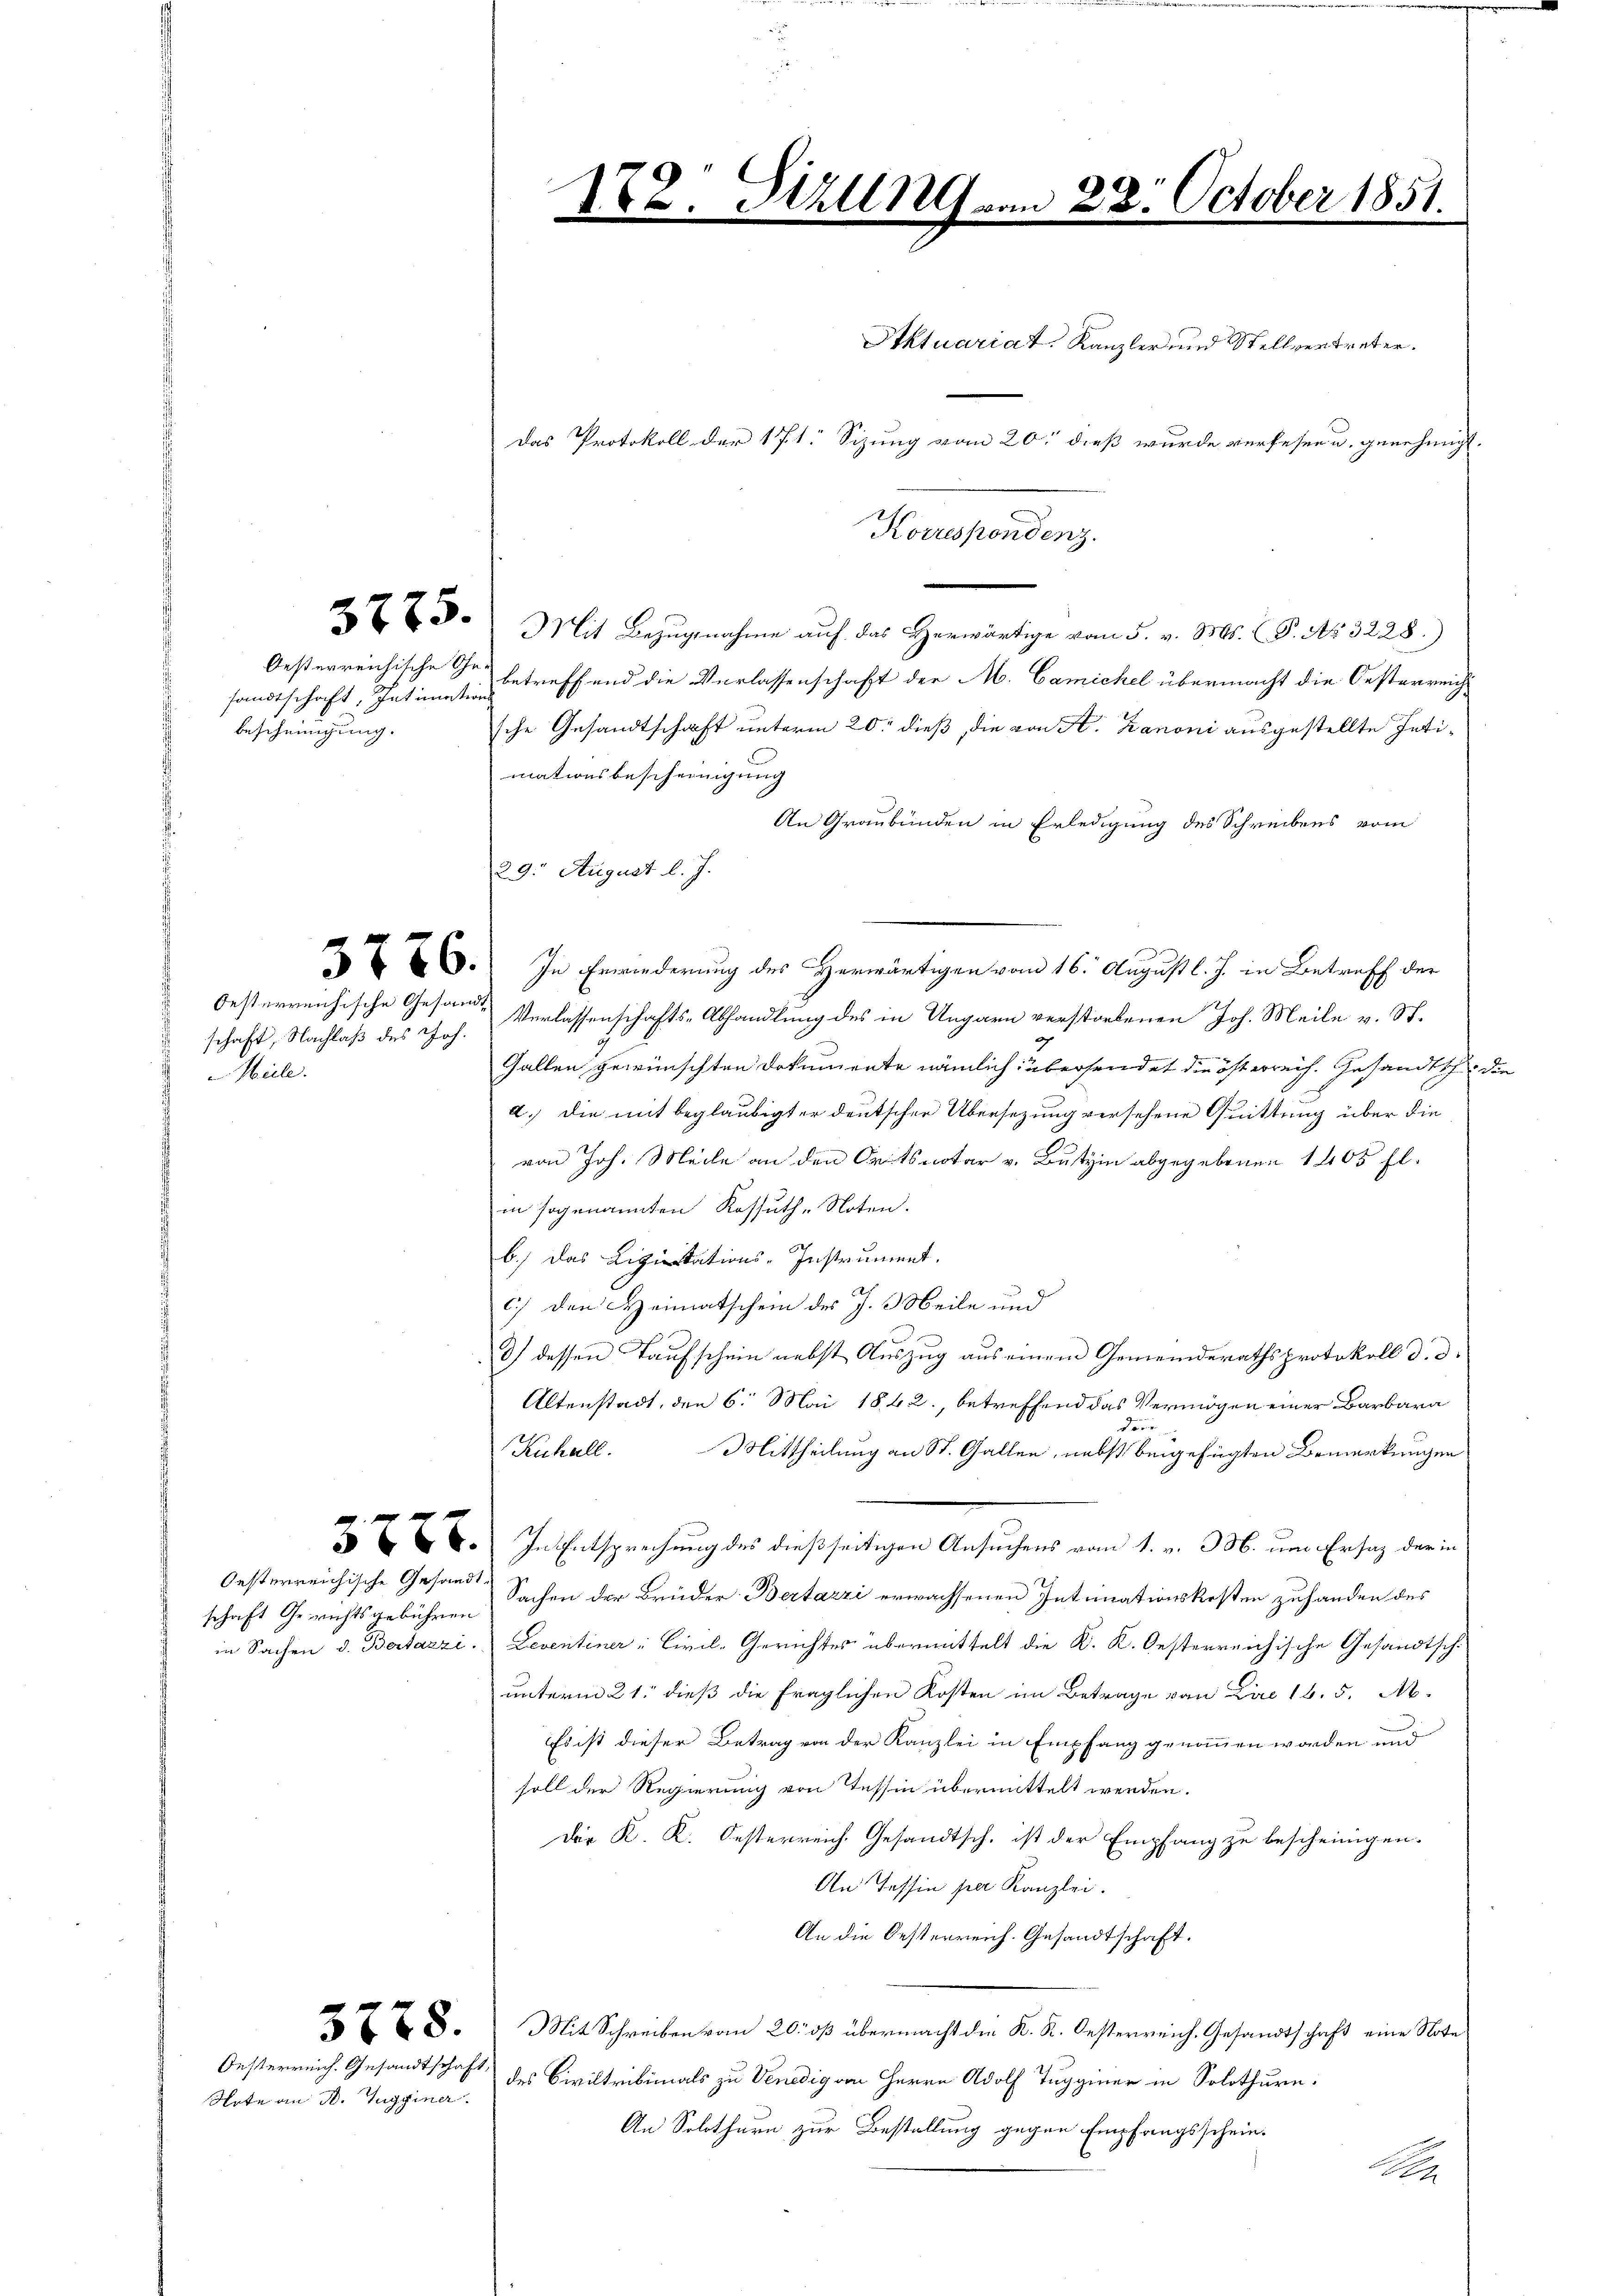
2. Stall vom 28. October 1851.

Korrespondenz.
23. Mit Bezŭgnahme auf das Herwärtige vom 5. v. Ms. P. Nr. 3228.)
betreffend die Verlassenschaft der M. Camickel übermacht die Oesterreichsche Gesandtschaft unterm 20. dieß, die von A. Kanoni ausgestellte Intimationsbescheinigung
An Graubünden in Erledigung des Schreibens vom
29. August l. J.
. In Erwiederung des Herwärtigen vom 16. August l. J. in Betreff der
Verlassenschafts-Abhandlung des in Ungarn verstorbenen Joh. Meile v. St.
Gallen gewünschten Dokumente nämlich übersendet die österreich. Gesandtsche die
a.) die mit beglaubigter deutscher Übersezung versehene Quittung über die
von Joh. Meile an den Seitsnotar v. Butzin abgegebenen 1405 fl.
in sogenannten Kossuth-Noten.
b.) das Liquitations-Instrument.
c) den Heimatschein des J. Meile und
3) dessen Taufschein nebst Auszug aus einem Gemeinderathsprotokoll d. d.
Altenstadt, den 6. Mai 1842., betreffend das Vermögen einer Barbara
drie
Kuhall. Mittheilung an St. Gallen, nebst beigefügten Bemerkungen
8. In Entsprechung des dießseitigen Ansuchens vom 1. v. 3. um Ersatz der in
Oesterreichische Gesandt Sachen der Brüder Bertarzi erwachsenen Intimationskosten zuhanden des
in Sachen d. Bertazzi. Leventiner Civil-Gerichtes übermittelt die K. K. Oesterreichische Gesandtschunterm 21. dieß die fraglichen Kosten im Betrage von Dir 16. 5. M.
Es ist dieser Betrag von der Kanzlei in Empfang genommen worden und
soll der Regierung von Tessin übermittelt werden.
Der K. K. Oesterreich Gesandtsch. ist der Empfang zu bescheinigen.
An Tessin per Kanzlei.
An die Oesterreich. Gesandtschaft.
28. Mit Schreiben vom 20. dß übermacht die K. K. Oesterreich. Gesandtschaft eine Note
des Civiltribimals zu Venedig an Herrn Adolf Tugginer in Solothure:
An Solothurn zur Bestellung gegen Empfangsschein¬
K

Itktuariat. Kanzler und Stellvertreter.
Das Protokoll der 171. Sizung vom 20. dieß wurde verlesen u. genehmigt.

Oesterreichische Ge-
sandtschaft, Intimation
bescheinigung.

Oesterreichische Gesandt
schaft, Nachlaß des Joh.
Mule.

.

schaft Gerichtsgebühren

Oesterreich. Gesandtschaft

Note an D. Tugginer